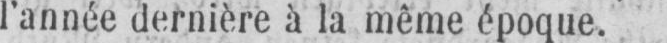
l’année dernière à la même époque.